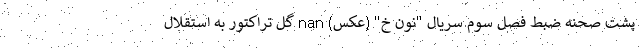
پشت صحنه ضبط فصل سوم سریال "نون خ" (عکس) nan گل تراکتور به استقلال